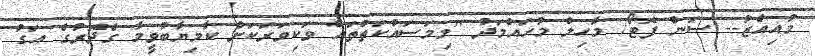
މުއިއްޒު-- ސަން ފޮޓޯ/ މާހިލް މުހައްމަދު "މިމަސައްކަތްތައް ވަކިވަރަކަށް ކާމިޔާބުވީމާ ގެދޮރުގެ އަގު